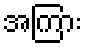
အကြား